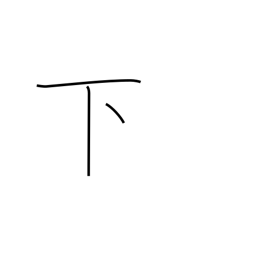
Meaning: down